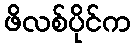
ဖိလစ်ပိုင်က